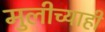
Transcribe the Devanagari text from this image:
मुलीच्याही